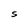
Character: S